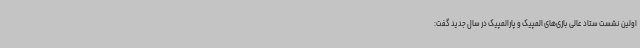
اولین نشست ستاد عالی بازی‌های المپیک و پارالمپیک در سال جدید گفت: